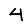
Digit: 4